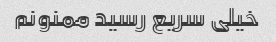
خیلی سریع رسید ممنونم